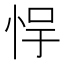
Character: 𫺃